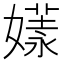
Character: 𡠘